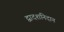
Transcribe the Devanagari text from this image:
द्वादशनिदान